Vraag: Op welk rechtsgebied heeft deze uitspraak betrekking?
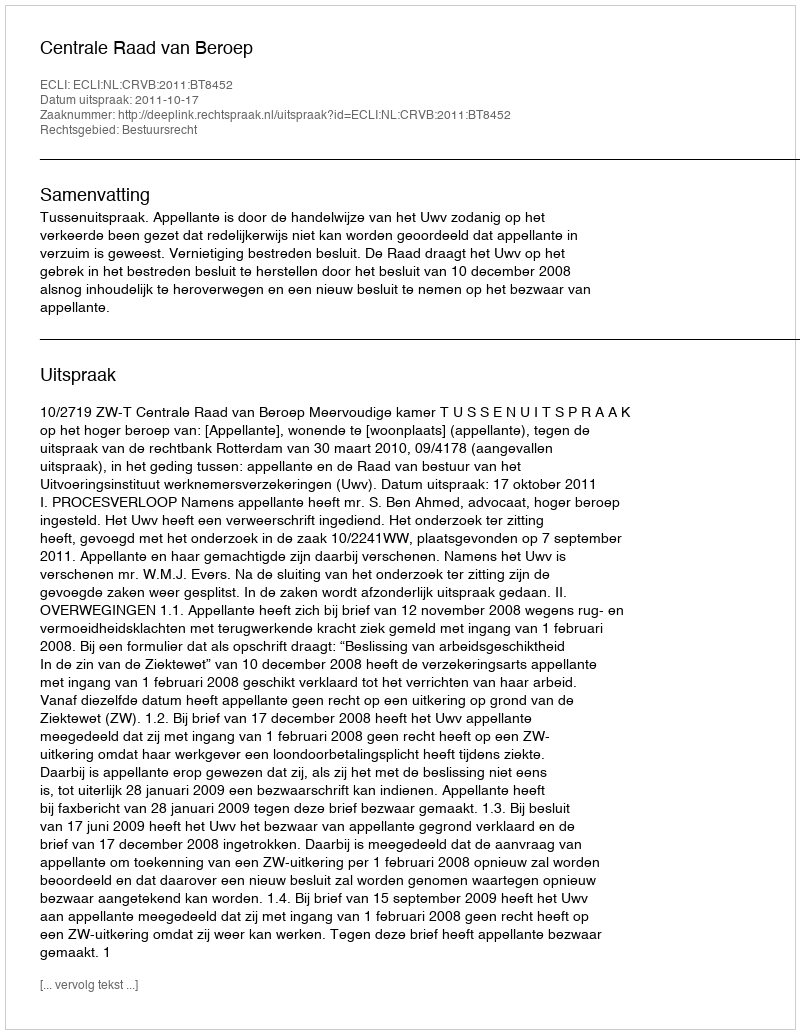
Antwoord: Bestuursrecht